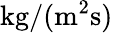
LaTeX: \mathrm{kg}/(\mathrm{m}^{2}\mathrm{s})